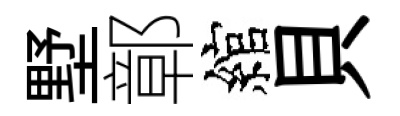
墅鄣綰貝